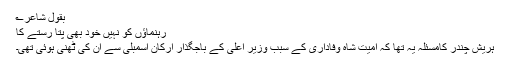
بقول شاعر؎
رہنماؤں کو نہیں خود بھی پتا رستے کا
ہریش چندر کامسئلہ یہ تھا کہ امیت شاہ وفاداری کے سبب وزیر اعلیٰ کے باجگذار ارکان اسمبلی سے ان کی ٹھنی ہوئی تھی۔